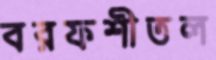
বরফশীতল